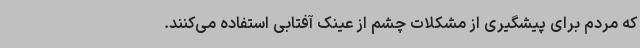
که مردم برای پیشگیری از مشکلات چشم‌ از عینک آفتابی استفاده می‌کنند.